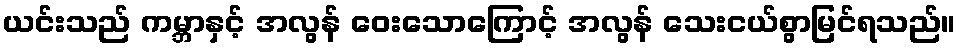
ယင်းသည် ကမ္ဘာနှင့် အလွန် ဝေးသောကြောင့် အလွန် သေးငယ်စွာမြင်ရသည်။